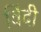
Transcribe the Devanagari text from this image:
विंदी